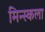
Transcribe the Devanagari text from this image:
मिन्स्कला